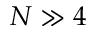
N \gg 4